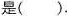
是( ).